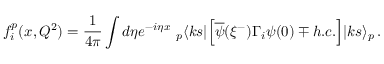
f _ { i } ^ { p } ( x , Q ^ { 2 } ) = { \frac { 1 } { 4 \pi } } \int d \eta e ^ { - i \eta x } ~ _ { p } \langle k s | \Big [ \overline { { { \psi } } } ( \xi ^ { - } ) \Gamma _ { i } \psi ( 0 ) \mp h . c . \Big ] | k s \rangle _ { p } \, .